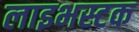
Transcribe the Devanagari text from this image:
लाइभस्टक